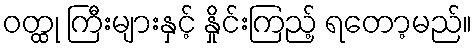
ဝတ္ထု ကြီးများနှင့် နှိုင်းကြည့် ရတော့မည်။